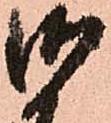
御